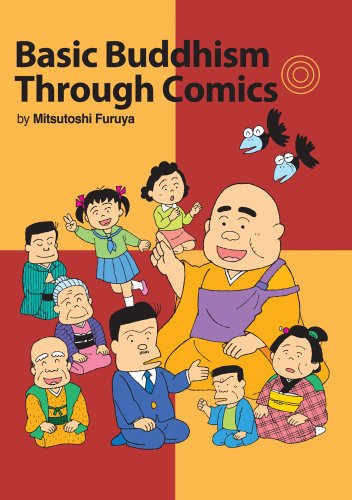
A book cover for Basic Buddhism Through Comics; Mitsutoshi Furuya; Comics & Graphic Novels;